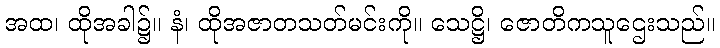
အထ၊ ထိုအခါ၌။ နံ၊ ထိုအဇာတသတ်မင်းကို။ သေဋ္ဌိ၊ ဇောတိကသူဌေးသည်။